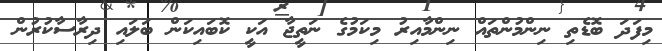
މިފަދަ ބޮޑެތި ނިންމުންތައް ނިންމާއިރު މިކަމުގެ ނަތީޖާ އަކީ ކޮބައިކަން ބަލައި ދިރާސާކުރުން